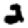
Digit: 2